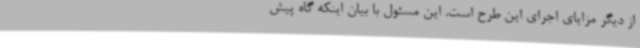
از دیگر مزایای اجرای این طرح است. این مسئول با بیان اینکه گاه پیش